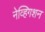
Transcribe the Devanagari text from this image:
नेव्हिगशन